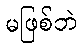
မဖြစ်ဘဲ